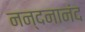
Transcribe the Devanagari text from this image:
नन्दनानंद